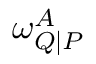
\omega _ { Q \mid P } ^ { A }